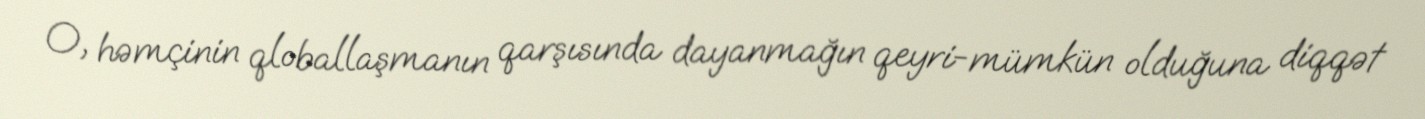
O, həmçinin qloballaşmanın qarşısında dayanmağın qeyri-mümkün olduğuna diqqət